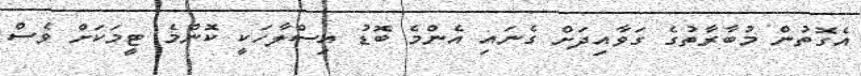
އެގޮތުން މުބާރާތުގެ ގަވާއިދަށް ގެނައި އެންމެ ބޮޑު އިސްލާހަކީ ކޮންމެ ޓީމަކަށް ވެސް